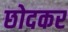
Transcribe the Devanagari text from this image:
छोदकर